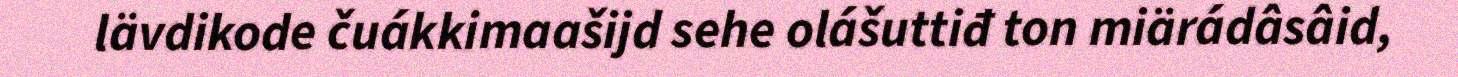
lävdikode čuákkimaašijd sehe olášuttiđ ton miärádâsâid,